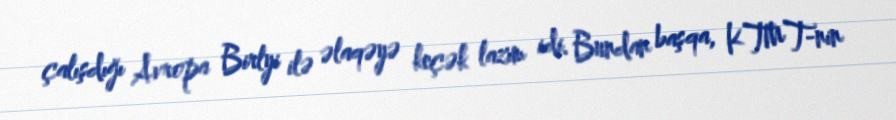
çalışdığı Avropa Birlyi ilə əlaqəyə keçək lazım idi. Bundan başqa, KTMT-nin